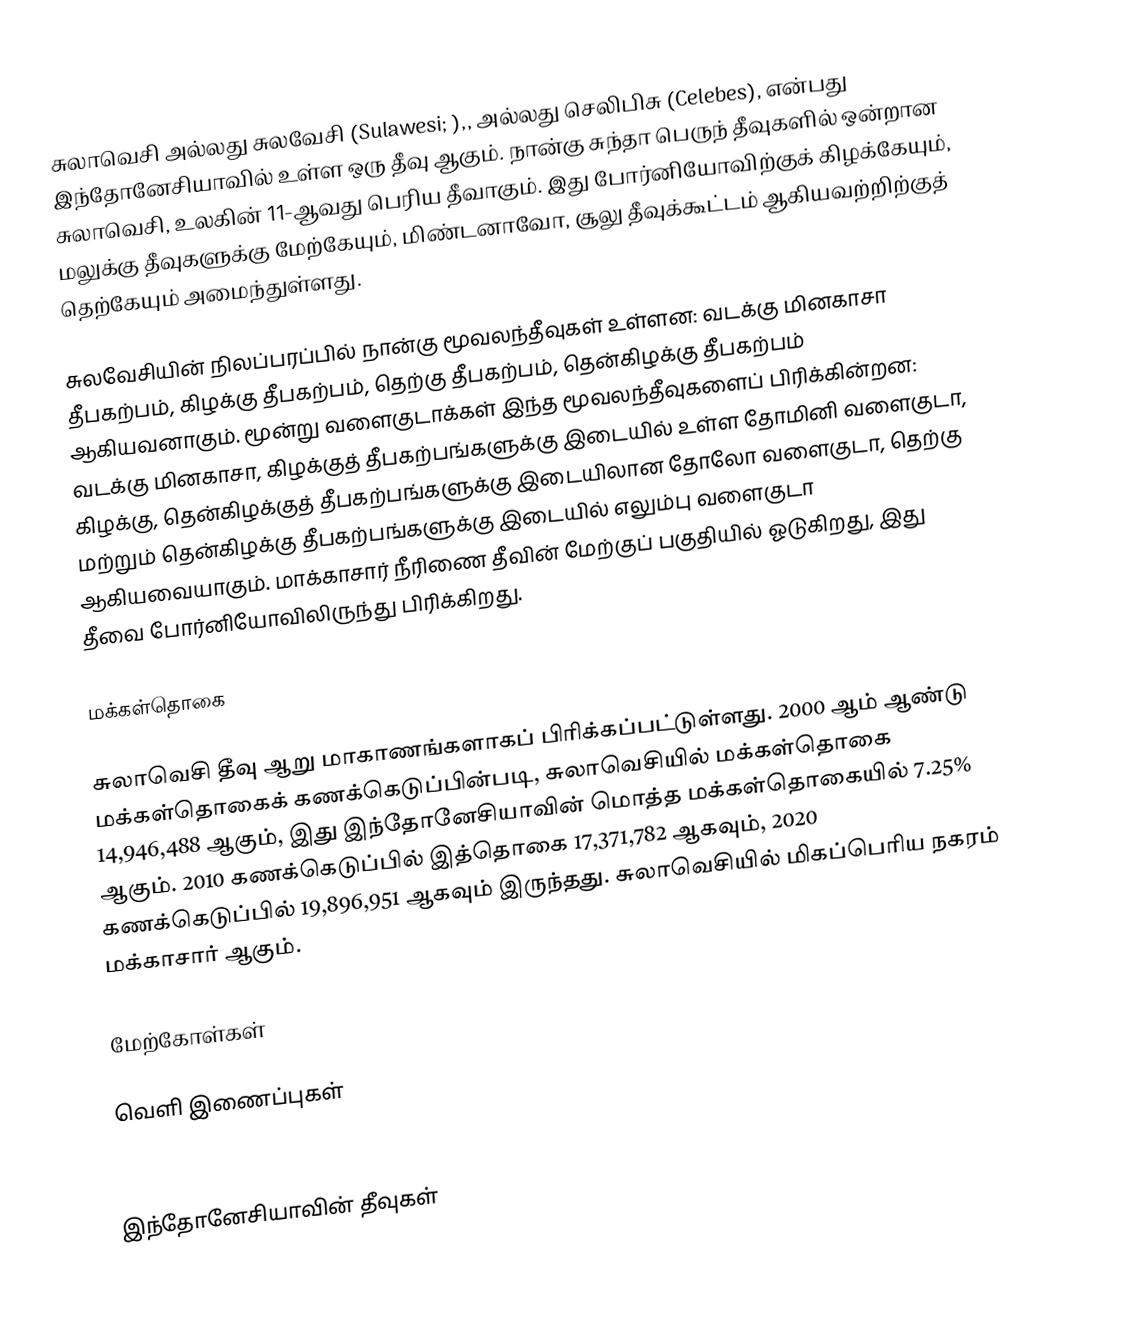
சுலாவெசி அல்லது சுலவேசி (Sulawesi; ),, அல்லது செலிபிசு (Celebes), என்பது இந்தோனேசியாவில் உள்ள ஒரு தீவு ஆகும். நான்கு சுந்தா பெருந் தீவுகளில் ஒன்றான சுலாவெசி, உலகின் 11-ஆவது பெரிய தீவாகும். இது போர்னியோவிற்குக் கிழக்கேயும், மலுக்கு தீவுகளுக்கு மேற்கேயும், மிண்டனாவோ, சூலு தீவுக்கூட்டம் ஆகியவற்றிற்குத் தெற்கேயும் அமைந்துள்ளது.

சுலவேசியின் நிலப்பரப்பில் நான்கு மூவலந்தீவுகள் உள்ளன: வடக்கு மினகாசா தீபகற்பம், கிழக்கு தீபகற்பம், தெற்கு தீபகற்பம், தென்கிழக்கு தீபகற்பம் ஆகியவனாகும். மூன்று வளைகுடாக்கள் இந்த மூவலந்தீவுகளைப் பிரிக்கின்றன: வடக்கு மினகாசா, கிழக்குத் தீபகற்பங்களுக்கு இடையில் உள்ள தோமினி வளைகுடா, கிழக்கு, தென்கிழக்குத் தீபகற்பங்களுக்கு இடையிலான தோலோ வளைகுடா, தெற்கு மற்றும் தென்கிழக்கு தீபகற்பங்களுக்கு இடையில் எலும்பு வளைகுடா ஆகியவையாகும். மாக்காசார் நீரிணை தீவின் மேற்குப் பகுதியில் ஓடுகிறது, இது தீவை போர்னியோவிலிருந்து பிரிக்கிறது.

மக்கள்தொகை

சுலாவெசி தீவு ஆறு மாகாணங்களாகப் பிரிக்கப்பட்டுள்ளது. 2000 ஆம் ஆண்டு மக்கள்தொகைக் கணக்கெடுப்பின்படி, சுலாவெசியில் மக்கள்தொகை 14,946,488 ஆகும், இது இந்தோனேசியாவின் மொத்த மக்கள்தொகையில் 7.25% ஆகும். 2010 கணக்கெடுப்பில் இத்தொகை 17,371,782 ஆகவும், 2020 கணக்கெடுப்பில் 19,896,951 ஆகவும் இருந்தது. சுலாவெசியில் மிகப்பெரிய நகரம் மக்காசார் ஆகும்.

மேற்கோள்கள்

வெளி இணைப்புகள்

இந்தோனேசியாவின் தீவுகள்